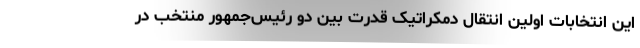
این انتخابات اولین انتقال دمکراتیک قدرت بین دو رئیس‌جمهور منتخب در